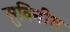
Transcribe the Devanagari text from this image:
सुविनीत